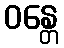
ဝန္တေ